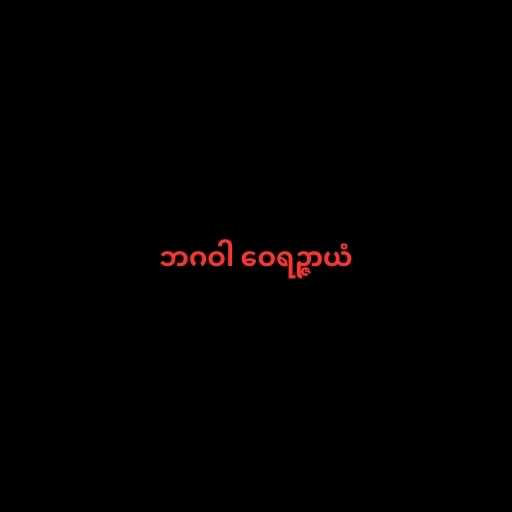
ဘဂဝါ ဝေရဉ္ဇာယံ